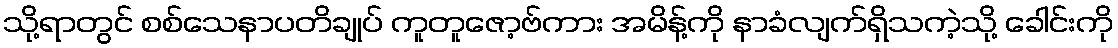
သို့ရာတွင် စစ်သေနာပတိချုပ် ကူတူဇော့ဗ်ကား အမိန့်ကို နာခံလျက်ရှိသကဲ့သို့ ခေါင်းကို